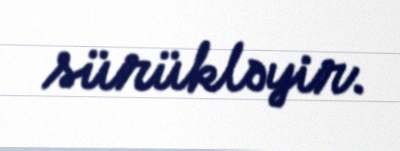
sürükləyir.